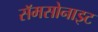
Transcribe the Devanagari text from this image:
सॅमसोनाइट